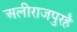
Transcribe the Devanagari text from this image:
अलीराजपुरहै